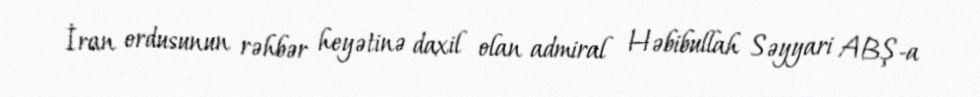
İran ordusunun rəhbər heyətinə daxil olan admiral Həbibullah Səyyari ABŞ-a